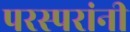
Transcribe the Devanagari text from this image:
परस्परांनी